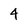
Character: 4